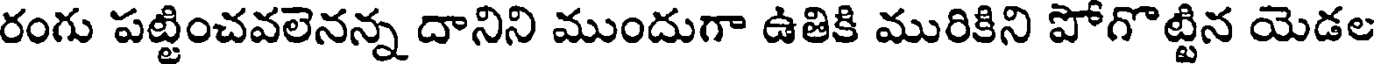
రంగు పట్టించవలెనన్న దానిని ముందుగా ఉతికి మురికిని పోగొట్టిన యెడల